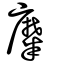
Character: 糜